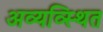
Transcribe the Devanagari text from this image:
अव्यव्स्थित